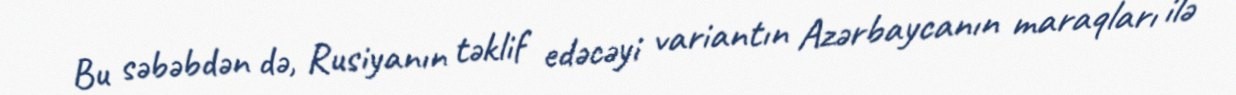
Bu səbəbdən də, Rusiyanın təklif edəcəyi variantın Azərbaycanın maraqları ilə